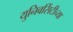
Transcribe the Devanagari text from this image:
युनिवर्सिटीच्या